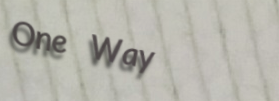
One Way